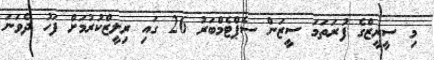
މި ސީރީޒްގެ ފުރަތަމަ ސީޒަން ސެޕްޓެމްބަރު 26 ގައި ރިލީޒްކުރުމަށް ފަހު ދެވަނަ